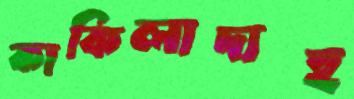
কাকিলাদাহ